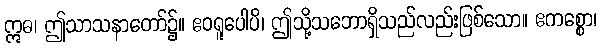
ဣဓ၊ ဤသာသနာတော်၌။ ဧဝရူပေါပိ၊ ဤသို့သဘောရှိသည်လည်းဖြစ်သော။ ဧကစ္စော၊